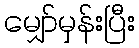
မျှော်မှန်းပြီး